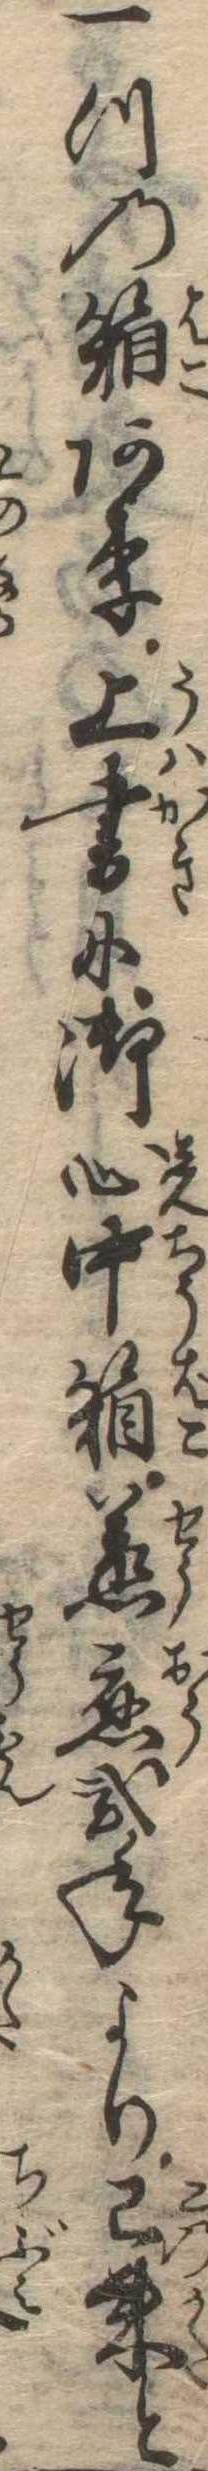
一つの箱あり上書に御心中箱承応弐年より已来と